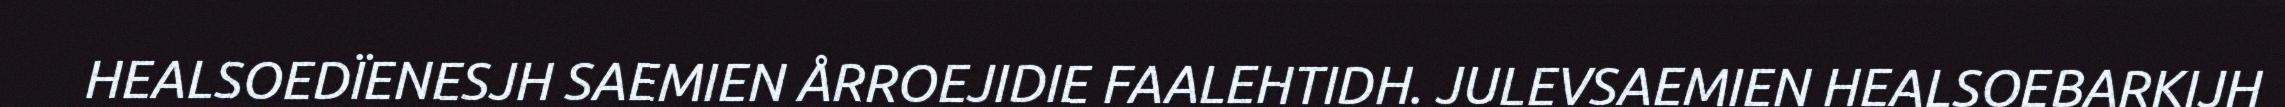
HEALSOEDÏENESJH SAEMIEN ÅRROEJIDIE FAALEHTIDH. JULEVSAEMIEN HEALSOEBARKIJH